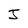
Character: J